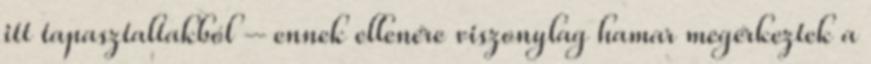
itt tapasztaltakból – ennek ellenére viszonylag hamar megérkeztek a